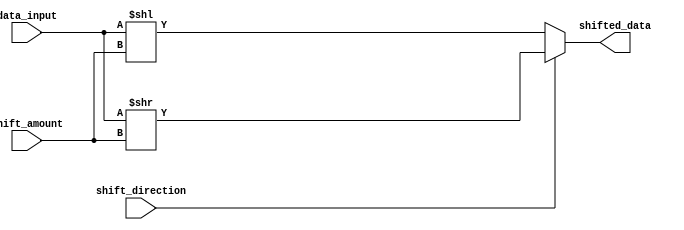
module BarrelShifter(
    input [31:0] data_input,
    input [4:0] shift_amount,
    input shift_direction,
    output [31:0] shifted_data
);

// Logic for determining shift direction
always @(*)
begin
    if(shift_direction)
        shifted_data = data_input >> shift_amount;
    else
        shifted_data = data_input << shift_amount;
end

endmodule